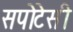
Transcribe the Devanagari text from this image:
सपोटेसी